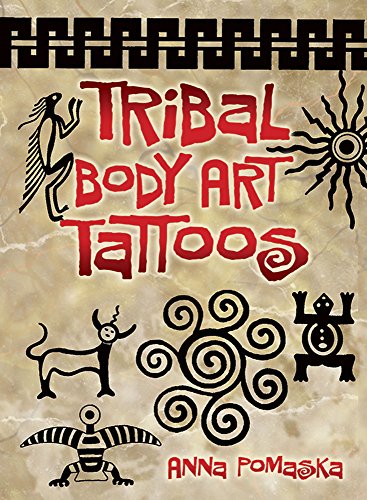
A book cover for Tribal Body Art Tattoos (Dover Tattoos); Anna Pomaska; Arts & Photography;